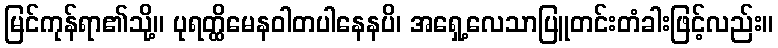
မြင်ကုန်ရာ၏သို့။ ပုရတ္ထိမေနဝါတပါနေနပိ၊ အရှေ့လေသာပြူတင်းတံခါးဖြင့်လည်း။